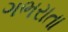
ગભરાતા